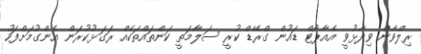
ރިލްވާން ވިދާޅުވީ އެއާޕޯޓް ޑައުން ގްރޭޑް ކުރީ ސަލާމަތީ ކަންތައްތަކެއް ރަގަޅުކުރަން އެންގުމަށްފަހު